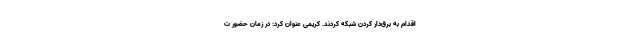
اقدام به برق‌دار کردن شبکه کردند. کریمی عنوان کرد: در زمان حضور ت